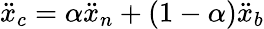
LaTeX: \ddot{x}_{c}=\alpha\ddot{x}_{n}+(1-\alpha)\ddot{x}_{b}